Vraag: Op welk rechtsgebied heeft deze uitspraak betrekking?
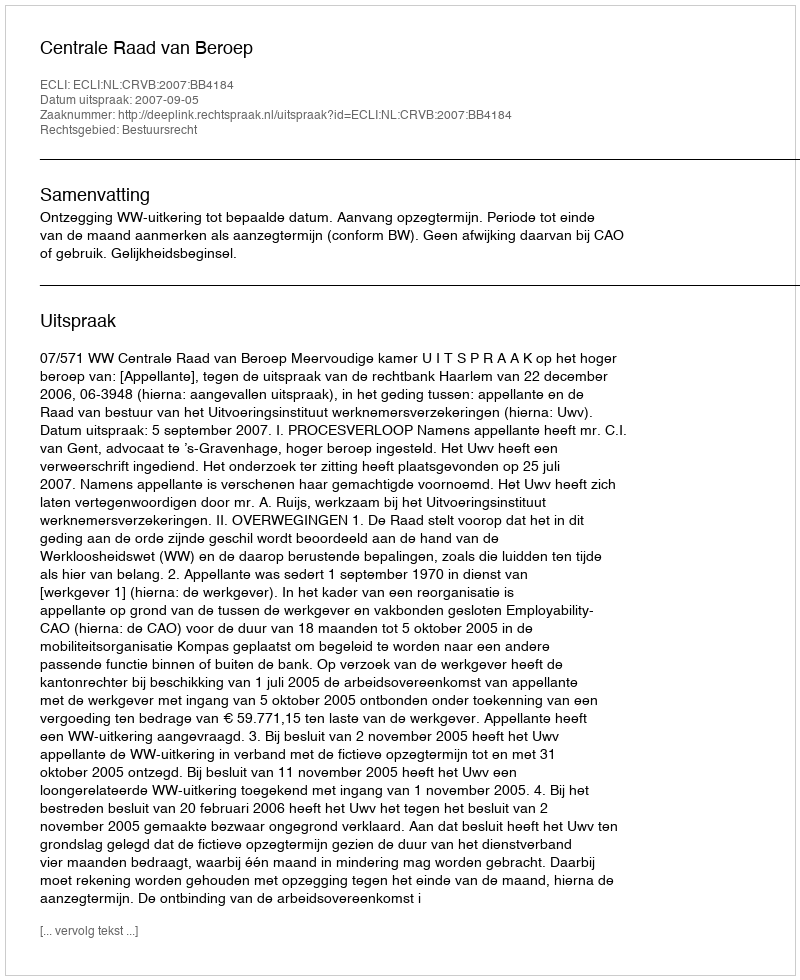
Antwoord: Bestuursrecht